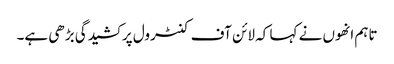
تاہم انھوں نے کہا کہ لائن آف کنٹرول پر کشیدگی بڑھی ہے۔